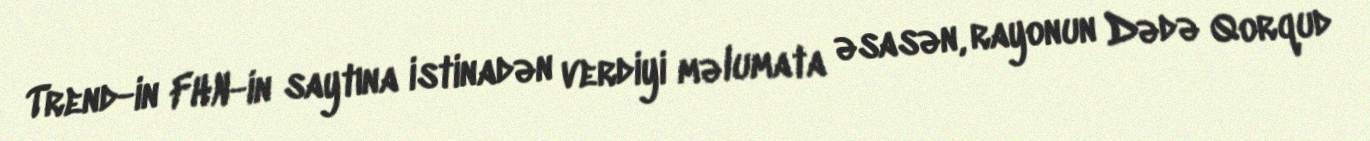
Trend-in FHN-in saytına istinadən verdiyi məlumata əsasən, rayonun Dədə Qorqud